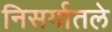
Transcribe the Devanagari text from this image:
निसर्गातले